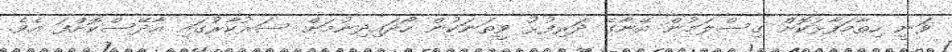
ވަނީ ހިތާމަފާޅުކޮށް ގިސްލަމުން އޭނާގެ ދަރިފުޅު ވީތަނަކުން ހޯދައިދިނުމަށް ސަރުކާރުގައި އާދޭސްކޮށްފަ އެވެ.